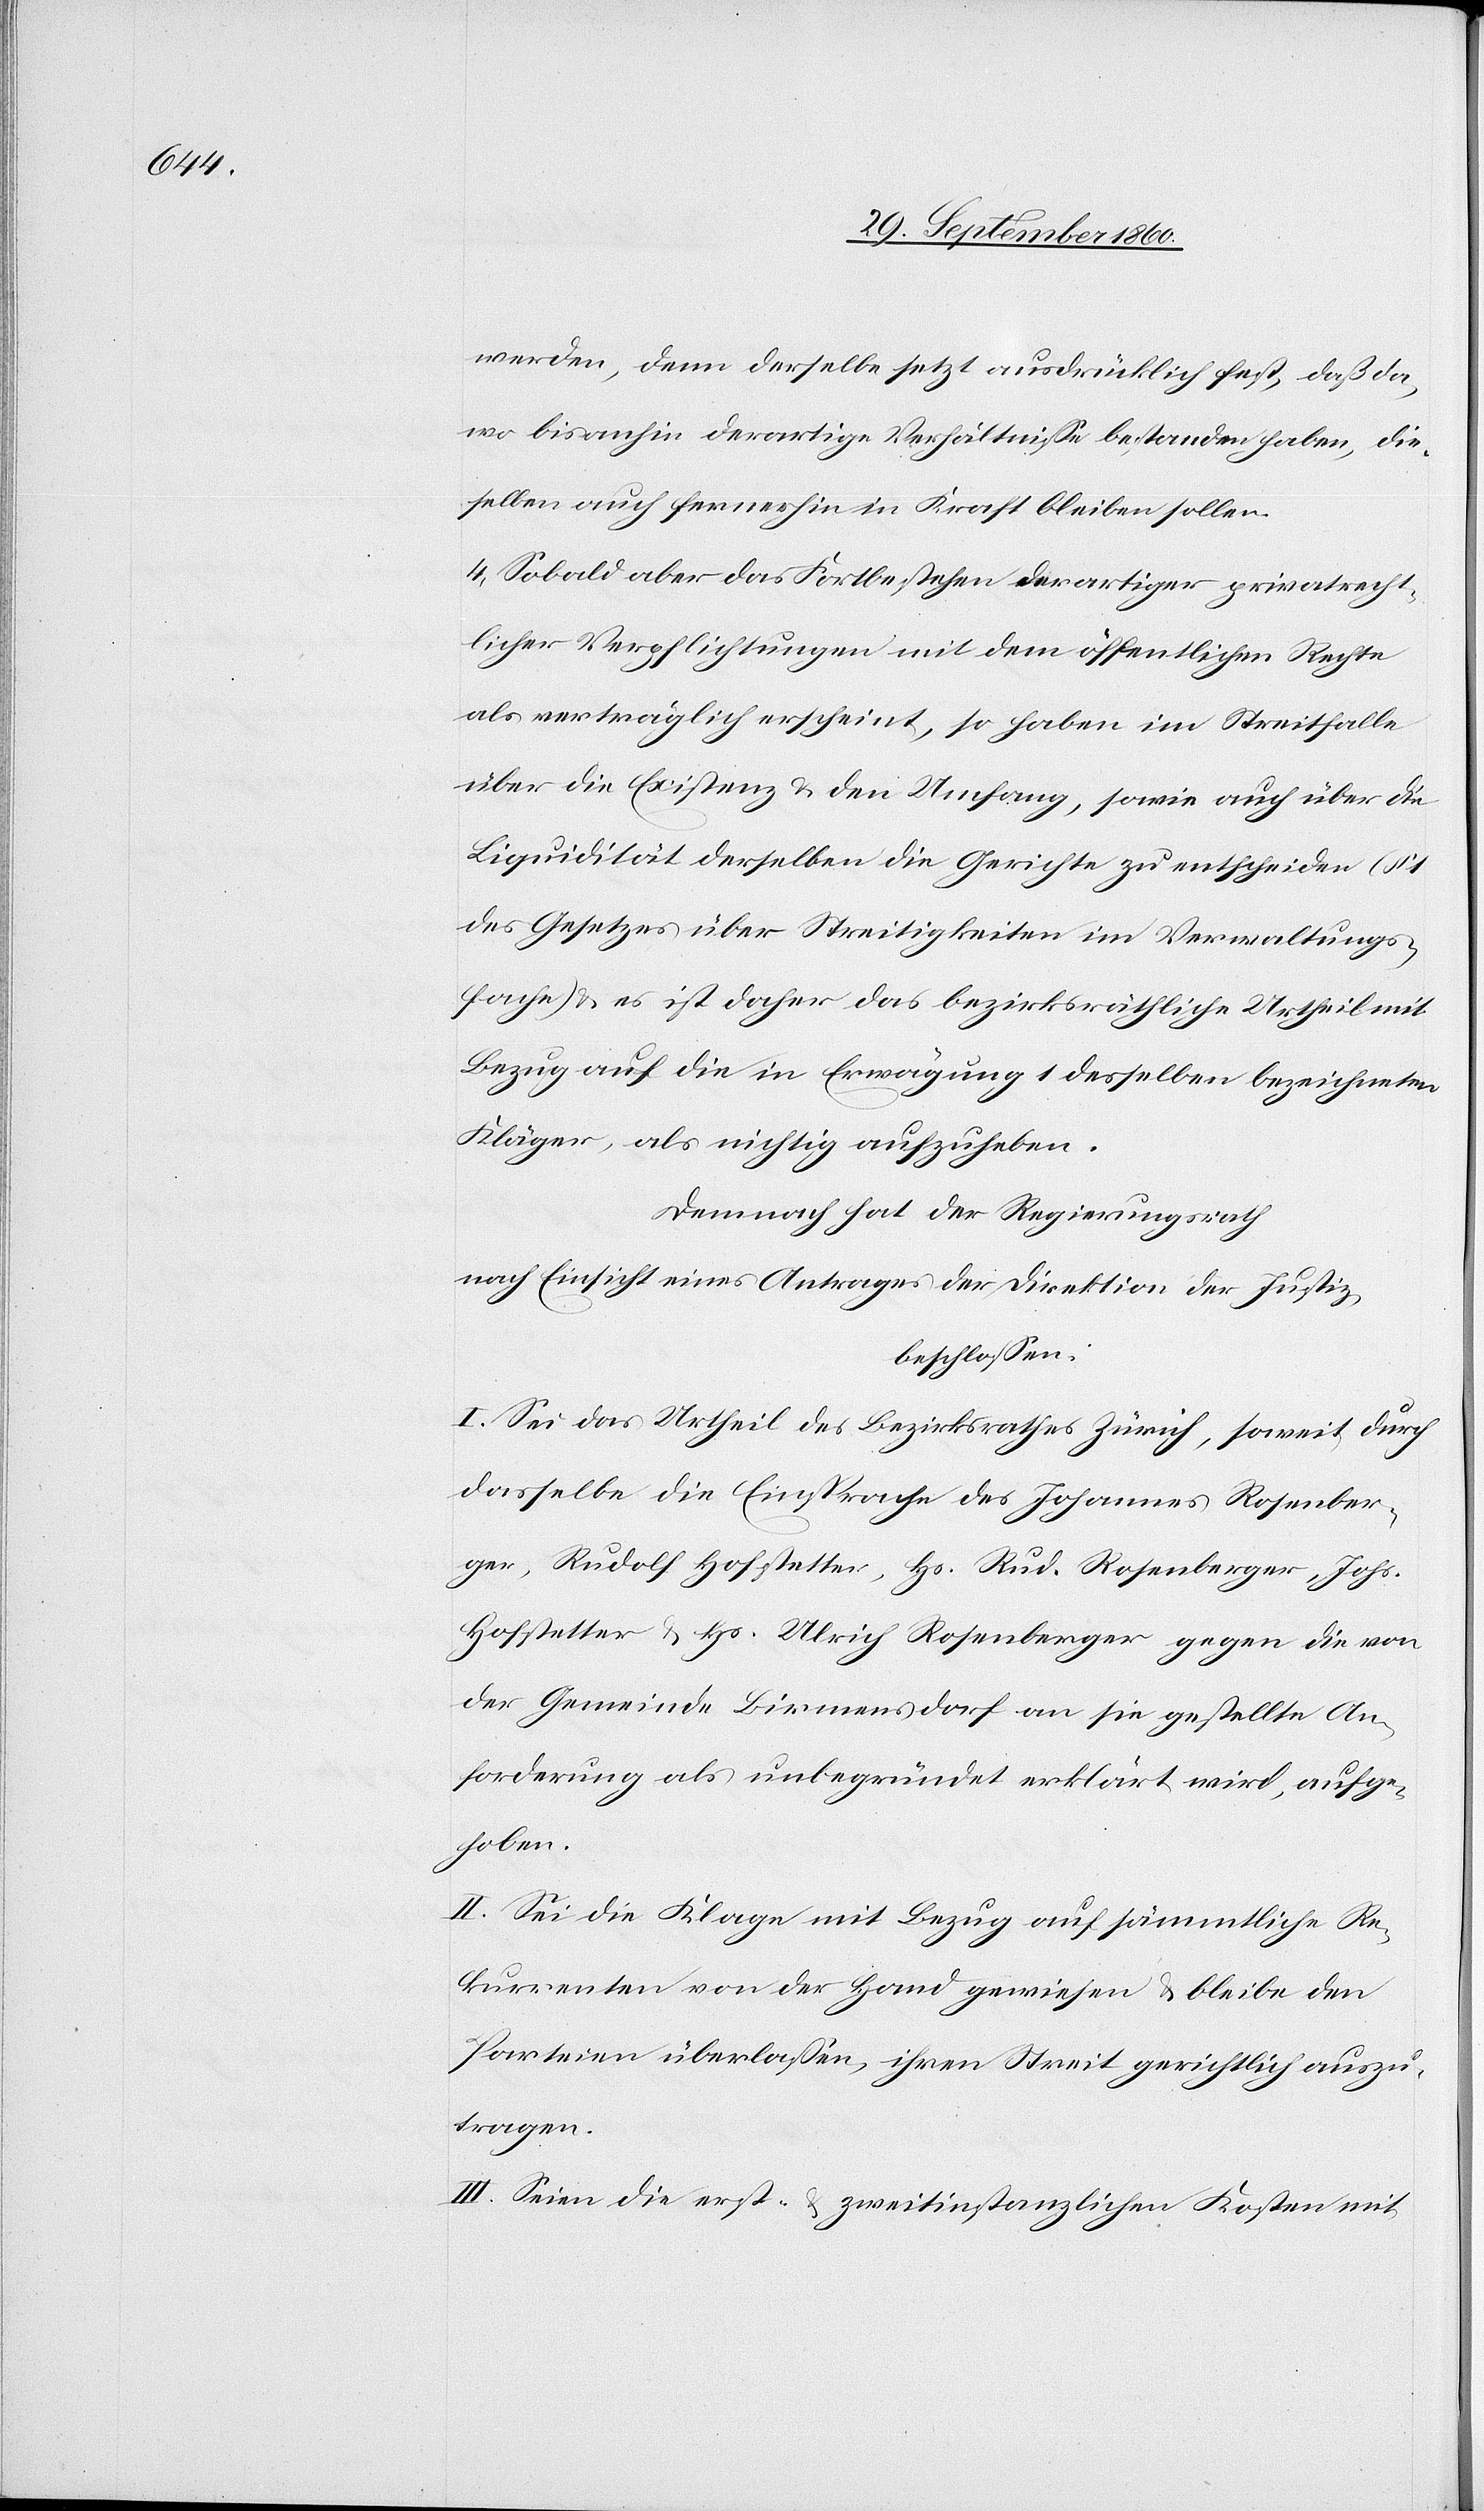
werden, denn derselbe setzt ausdrücklich fest, daß da,
wo bis anhin derartige Verhältnisse bestanden haben, die¬
selben auch fernerhin in Kraft bleiben sollen.
4. Sobald aber über das Fortbestehen derartiger privatrech¬
tlicher Verpflichtungen mit dem öffentlichen Rechte
als verträglich erscheint, so haben im Streitfalle
über die Existenz & den Umfang, sowie auch über die
Liquidität derselben die Gerichte zu entscheiden (§
des Gesetzes über Streitigkeiten im Verwaltungs¬
fache & es ist daher das bezirksräthliche Urtheil mit
Bezug auf die in Erwägung 1 derselben bezeichneten
Kläger, als nichtig aufzuheben.
Demnach hat der Regierungsrath
nach Einsicht eines Antrages der Direktion der Justiz,
beschlossen:
I. Sei das Urtheil des Bezirksrathes Zürich, soweit durch
dasselbe die Einsprache des Johannes Rosenber¬
ger, Rudolf Hofstetter, Hs. Rud. Rosenberger, Johs.
Hofstetter u. Hs. Ulrich Rosenberger gegen die von
der Gemeinde Birmensdorf an sie gestellte An¬
forderung als unbegründet erklärt wird, aufge¬
hoben.
II. Sei die Klage mit Bezug auf sämmtliche Re¬
kurrenten von der Hand gewiesen & bleibe den
Parteien überlassen, ihren Streit gerichtlich auszu¬
tragen.
III. Seien die erst- & zweitinstanzlichen Kosten mit